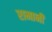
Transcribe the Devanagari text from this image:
रामानी